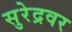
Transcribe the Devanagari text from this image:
सुरेद्रवर